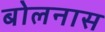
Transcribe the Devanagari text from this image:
बोलनास